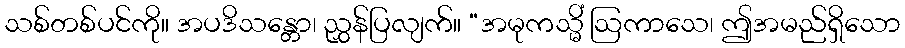
သစ်တစ်ပင်ကို။ အပဒိသန္တော၊ ညွှန်ပြလျက်။ “အမုကသ္မိံ ဩကာသေ၊ ဤအမည်ရှိသော